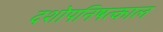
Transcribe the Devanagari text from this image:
दशोपनिषत्काल